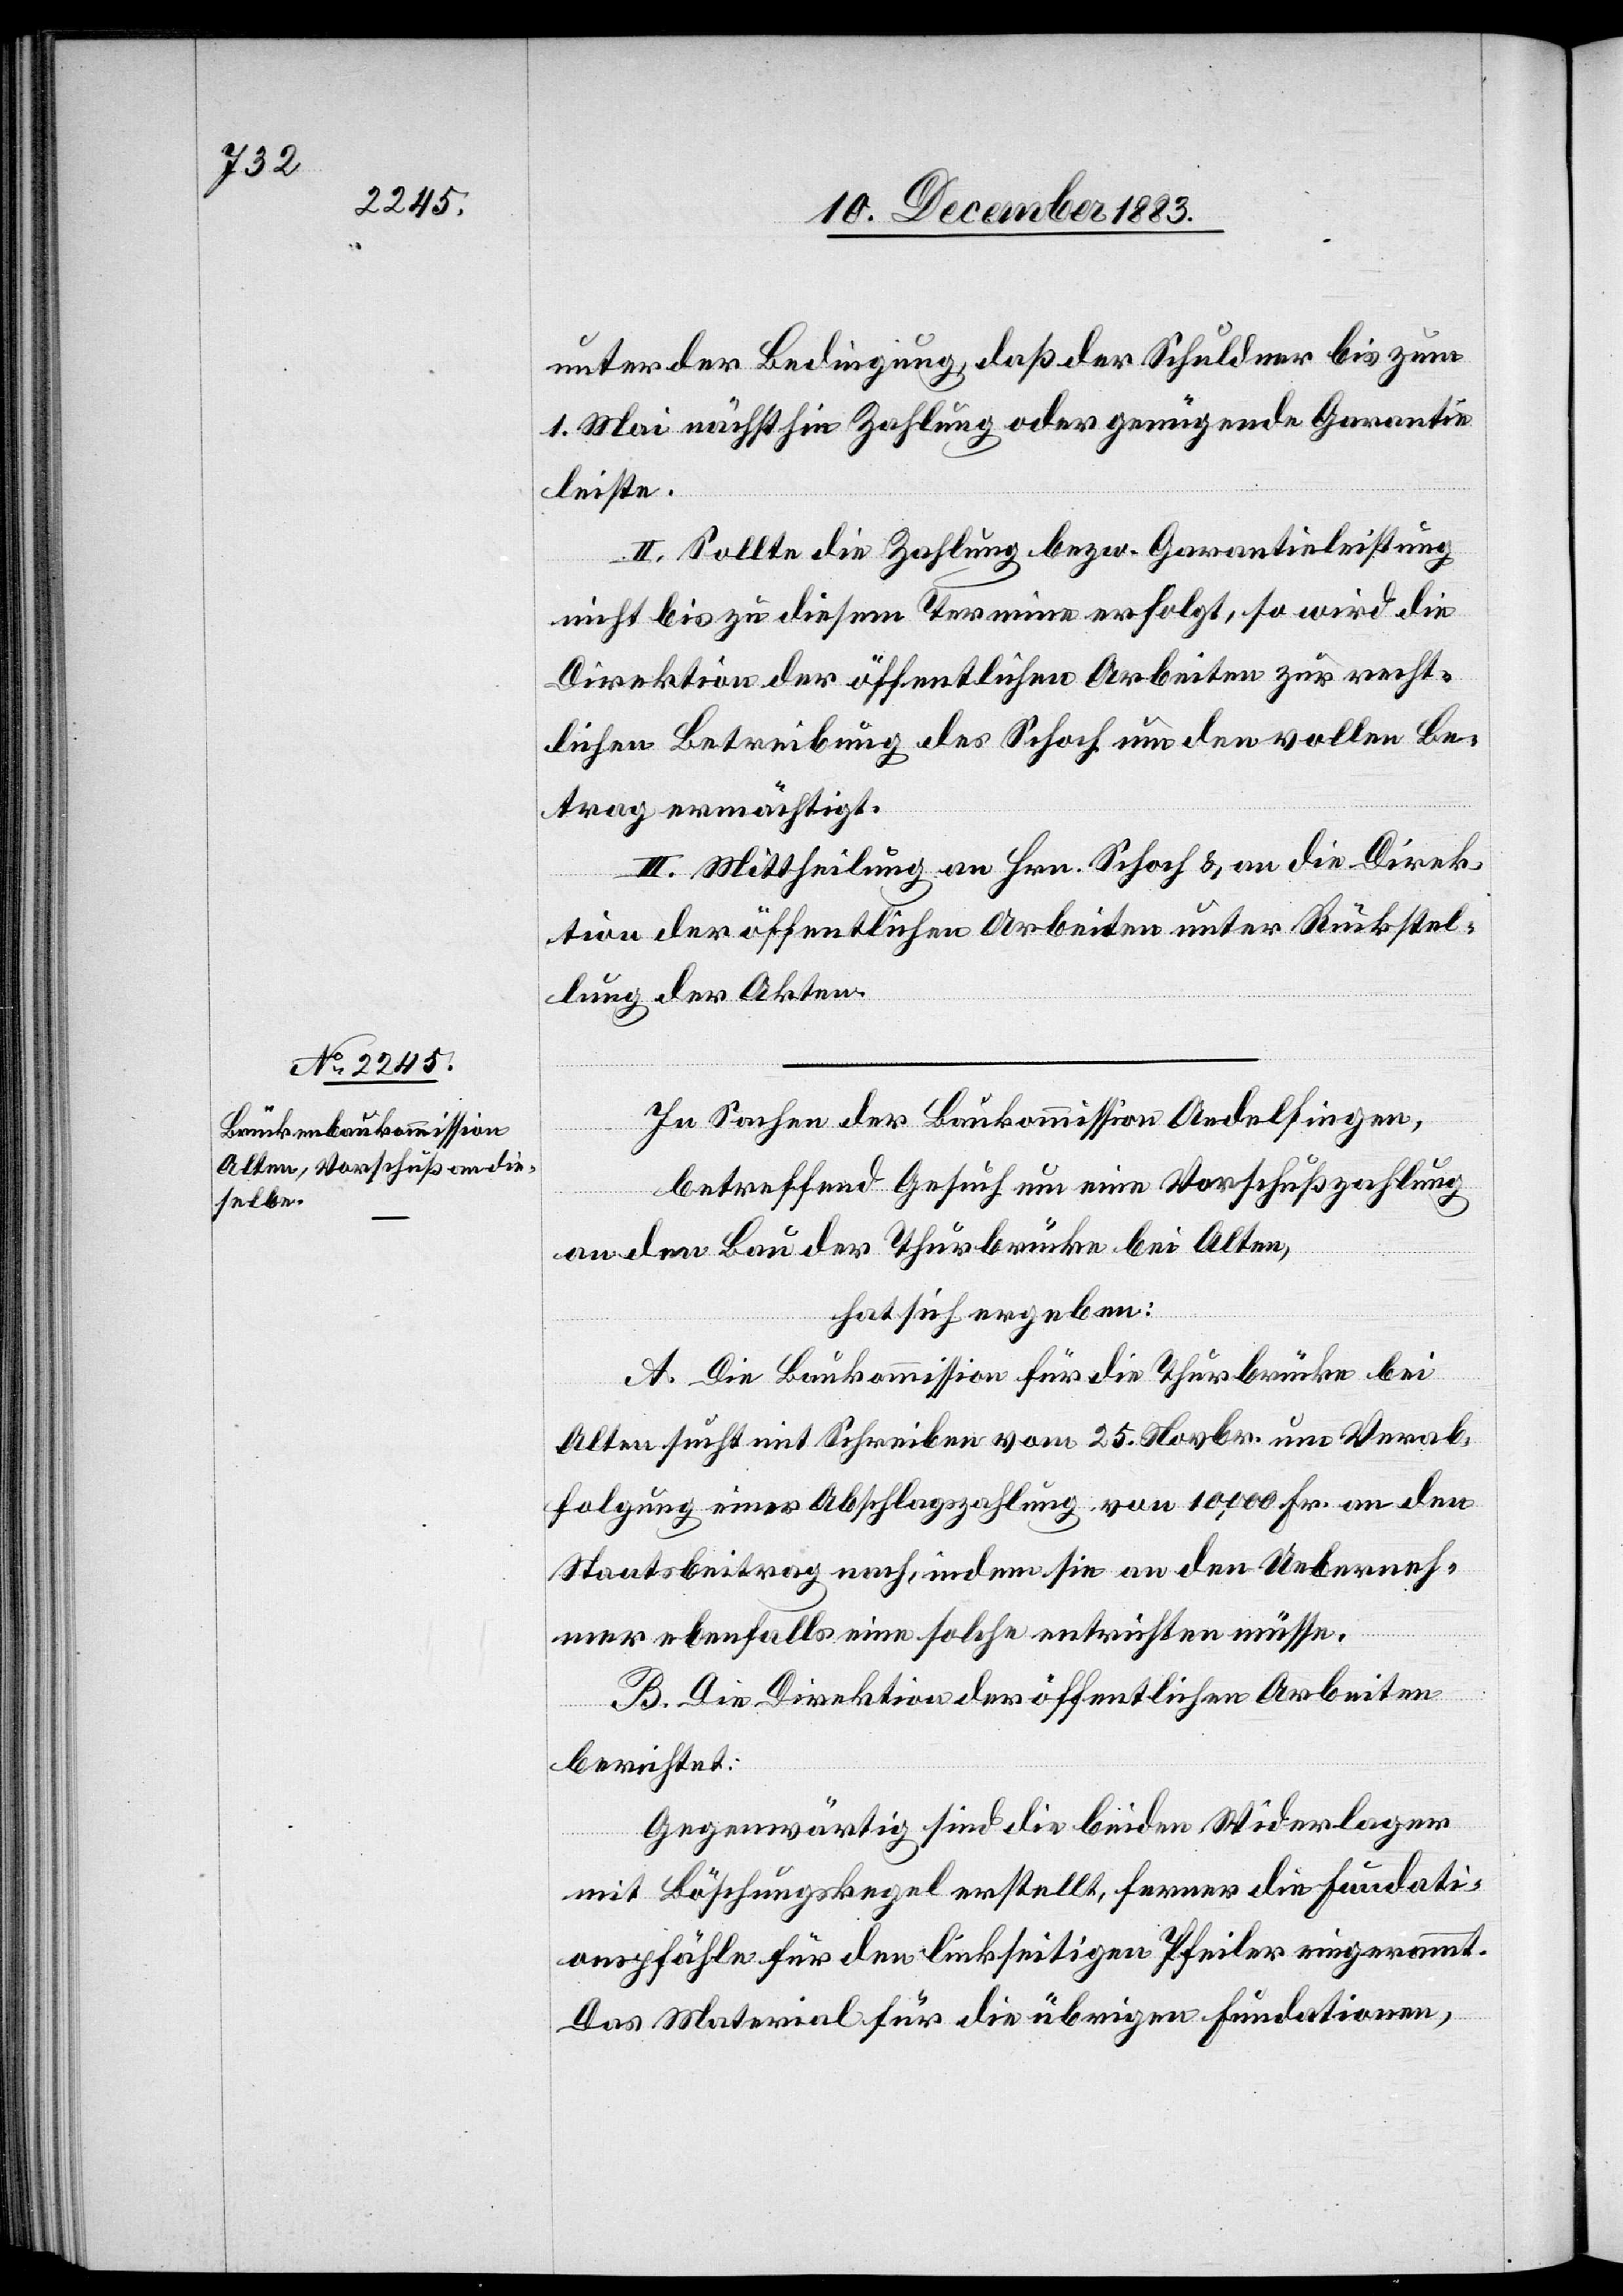
unter der Bedingung, daß der Schuldner bis zum
1. Mai nächsthin Zahlung oder genügende Garantie
leiste.
II. Sollte die Zahlung bezw. Garantieleistung
nicht bis zu diesem Termine erfolgt, so wird die
Direktion der öffentlichen Arbeiten zur recht¬
lichen Betreibung des Schoch um den vollen Be¬
trag ermächtigt.
III. Mittheilung an Hrn. Schoch & an die Direk¬
tion der öffentlichen Arbeiten unter Rückstel¬
lung der Akten.
In Sachen der Baukommission Andelfingen,
betreffend Gesuch um eine Vorschußzahlung
an den Bau der Thurbrücke bei Alten,
hat sich ergeben:
A. Die Baukommission für die Thurbrücke bei
Alten sucht mit Schreiben vom 25. Novbr. um Verab¬
folgung einer Abschlagszahlung von 10,000 Fr. an den
Staatsbeitrag nach, indem sie an den Ueberneh¬
mer ebenfalls eine solche entrichten müsse.
B. Die Direktion der öffentlichen Arbeiten
berichtet:
Gegenwärtig sind die beiden Widerlager
mit Böschungskegel erstellt, ferner die Fundati¬
onspfähle für den linksseitigen Pfeiler eingerammt.
Das Material für die übrigen Fundationen,